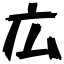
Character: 広